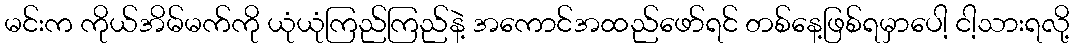
မင်းက ကိုယ်အိမ်မက်ကို ယုံယုံကြည်ကြည်နဲ့ အကောင်အထည်ဖော်ရင် တစ်နေ့ဖြစ်ရမှာပေါ့ ငါ့သားရလို့